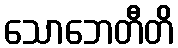
သောဘေတီတိ